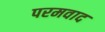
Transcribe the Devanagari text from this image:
परमवाद